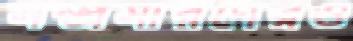
সম্প্রসারণেরও